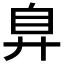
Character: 𢍂